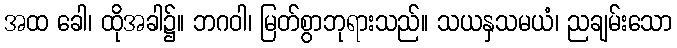
အထ ခေါ၊ ထိုအခါ၌။ ဘဂဝါ၊ မြတ်စွာဘုရားသည်။ သယနှသမယံ၊ ညချမ်းသော